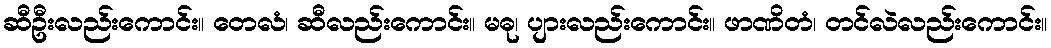
ဆီဦးလည်းကောင်း။ တေလံ၊ ဆီလည်းကောင်း။ မဓု၊ ပျားလည်းကောင်း။ ဖာဏိတံ၊ တင်လဲလည်းကောင်း။